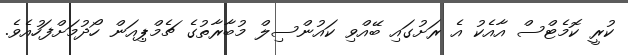
ކުރީ ކޮމެޓްސް އާއެކު އެ ރަށުގައި ބޭއްވި ކައުންސިލް މުބާރާތުގެ ޗެމްޕިއަން ހޯދުމަށްފަހުއެވެ.